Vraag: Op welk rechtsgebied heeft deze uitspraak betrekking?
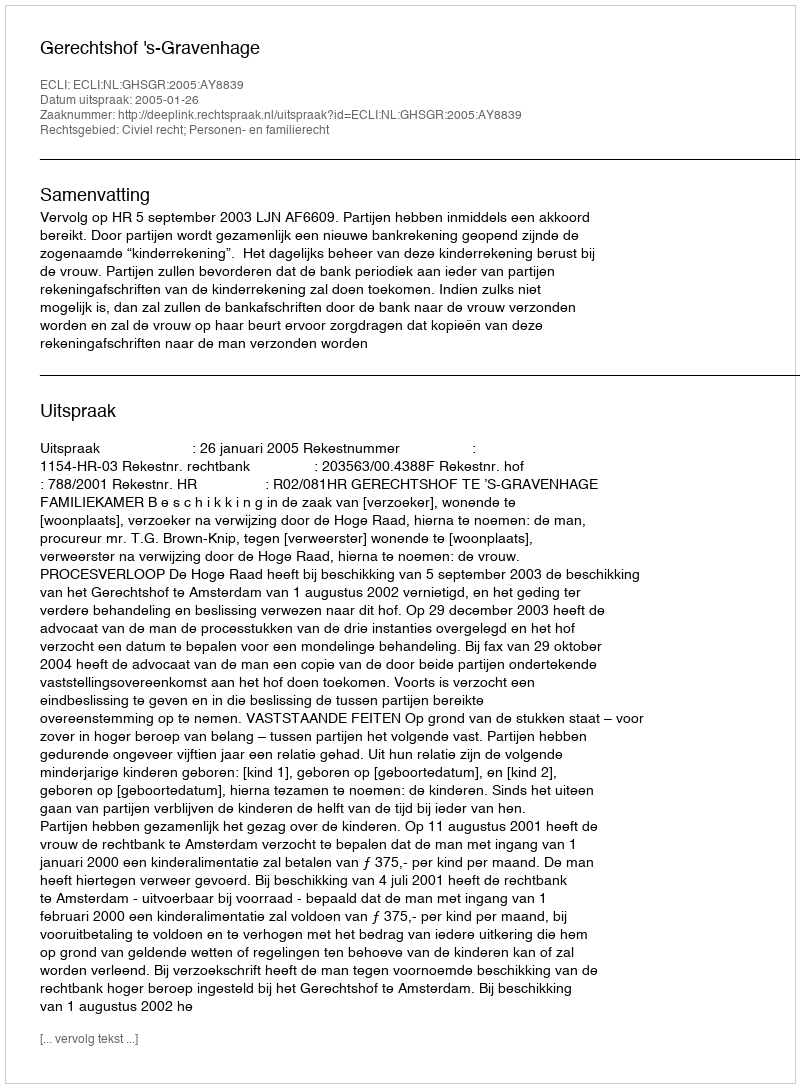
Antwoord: Civiel recht; Personen- en familierecht